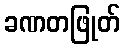
ခဏတဖြုတ်